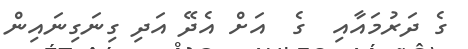
ގެ ދަރުމައާއި  ގެ  އަށް އެދޭ އަދި ގިނަގިނައިން